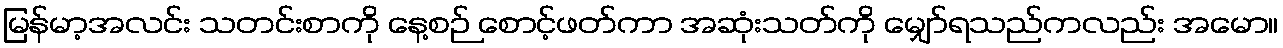
မြန်မာ့အလင်း သတင်းစာကို နေ့စဉ် စောင့်ဖတ်ကာ အဆုံးသတ်ကို မျှော်ရသည်ကလည်း အမော။